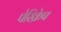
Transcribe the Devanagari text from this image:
पेरिक्रेप